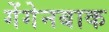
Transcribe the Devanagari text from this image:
गेंगेनबाक